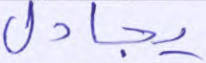
يجادل